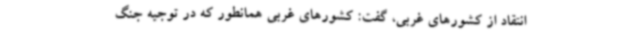
انتقاد از کشورهای غربی، گفت: کشورهای غربی همانطور که در توجیه جنگ